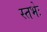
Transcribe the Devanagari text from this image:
स्तभेः